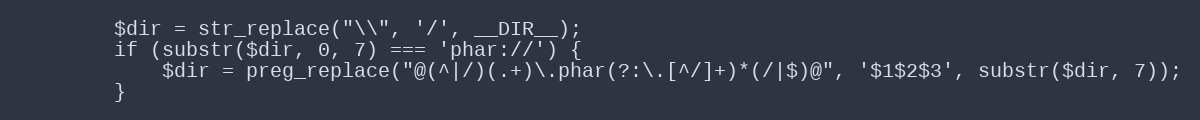
Language: PHP
		$dir = str_replace("\\", '/', __DIR__);
		if (substr($dir, 0, 7) === 'phar://') {
			$dir = preg_replace("@(^|/)(.+)\.phar(?:\.[^/]+)*(/|$)@", '$1$2$3', substr($dir, 7));
		}